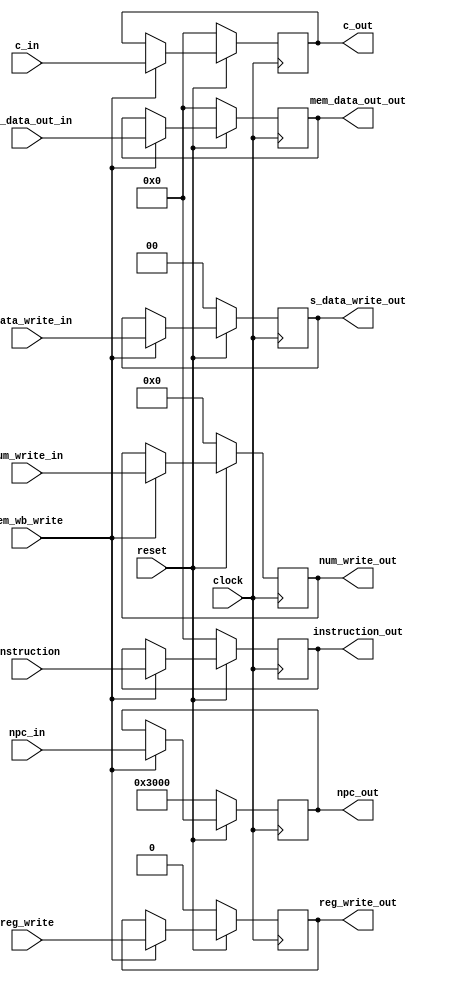
module mem_wb(
			  input [31:0] npc_in,
			  output reg [31:0] npc_out,
			  input [31:0] c_in,
			  output reg [31:0] c_out,
			  input [31:0] mem_data_out_in,
			  output reg [31:0] mem_data_out_out,
			  input [4:0] num_write_in,
			  output reg [4:0] num_write_out,
			  input [1:0] s_data_write_in,
			  output reg [1:0] s_data_write_out,
			  
			  input reg_write,
			  output reg reg_write_out,
			  input [31:0] instruction,
			  output reg [31:0] instruction_out,
			  input clock,
			  input reset,
			  input mem_wb_write
			  );

always@(posedge clock)
begin
	if(!reset)
	begin
		npc_out <= 32'h0000_3000;
		c_out <= 32'h0000_0000;
		mem_data_out_out <= 32'h0000_0000;
		num_write_out <= 5'b00000;
		s_data_write_out <= 2'b00;
		reg_write_out <= 0;
		instruction_out <= 32'h0000_0000;
		
	end
	else 
	begin 
	if(mem_wb_write)
	begin
		npc_out <= npc_in;
		c_out <= c_in;
		mem_data_out_out <=mem_data_out_in;
		num_write_out <= num_write_in;
		s_data_write_out <= s_data_write_in;
		reg_write_out <= reg_write;
		instruction_out <= instruction;
	end
	end
end

endmodule